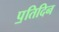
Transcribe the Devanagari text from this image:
प॒तिदिन